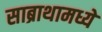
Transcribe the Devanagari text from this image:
साब्राथामध्ये